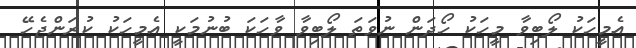
އެމީހަކު ލޯބިވާ މީހަކު ހޯދަން ނުވަތަ ލޯބިވާ ވާހަކަ ބުނުމަކީ އެމީހަކު ކުރަންޖެހޭ